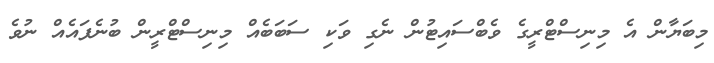
މިބަޔާން އެ މިނިސްޓްރީގެ ވެބްސައިޓުން ނެގި ވަކި ސަބަބެއް މިނިސްޓްރީން ބުނެފައެއް ނުވެ